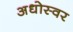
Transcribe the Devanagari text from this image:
अधोस्वर